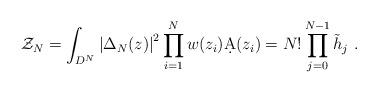
LaTeX: \begin{align*}\mathcal{Z}_N=\int_{D^N} \left|\Delta_N(z)\right|^2 \prod_{i=1}^N w(z_i)\d{A}(z_i) = N!\prod_{j=0}^{N-1}\tilde{h}_j\ .\end{align*}